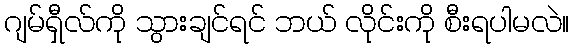
ဂျမ်ရှီလ်ကို သွားချင်ရင် ဘယ် လိုင်းကို စီးရပါမလဲ။